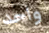
واحد